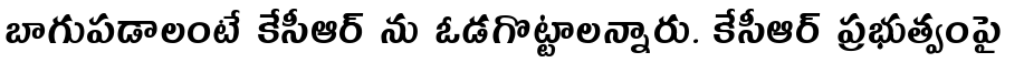
బాగుపడాలంటే కేసీఆర్ ను ఓడగొట్టాలన్నారు. కేసీఆర్ ప్రభుత్వంపై